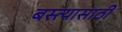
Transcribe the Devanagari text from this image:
बस्त्यासाठी